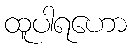
ထူပါရဟော